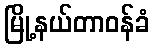
မြို့နယ်တာဝန်ခံ